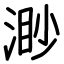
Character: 渺